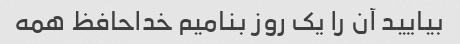
بیایید آن را یک روز بنامیم خداحافظ همه